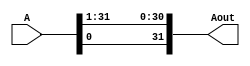
module nbit_rot_left #(parameter WIDTH = 32) (A, Aout);
 // parameter is used with a default value of 32.

	input [WIDTH-1:0] A;
	output [WIDTH-1:0] Aout;

	genvar i;

	for (i = 0; i < WIDTH-1; i = i + 1) begin
		assign Aout[i] = A[i+1];
	end  
	assign Aout[WIDTH-1] = A[0];
endmodule